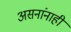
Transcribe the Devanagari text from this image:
असनांनाही